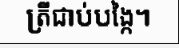
ត្រីជាប់បង្កៃ។